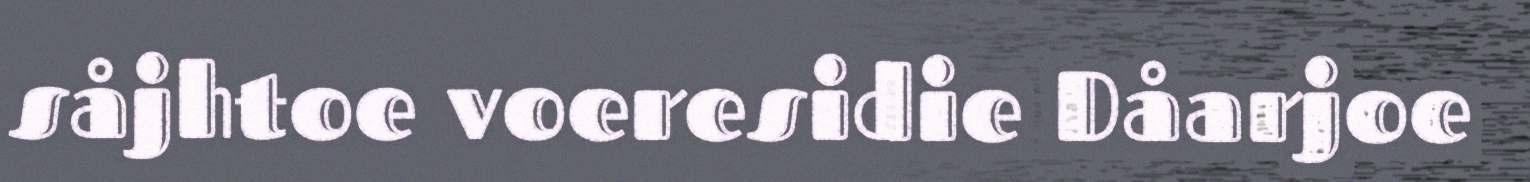
såjhtoe voeresidie Dåarjoe